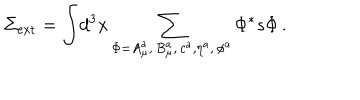
\Sigma _ { \mathrm { e x t } } = \displaystyle { \int } d ^ { 3 } x \sum _ { \Phi = A _ { \mu } ^ { a } , \, B _ { \mu } ^ { a } , \, c ^ { a } , \eta ^ { a } , \, \phi ^ { a } } \Phi ^ { * } s \Phi \, .